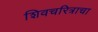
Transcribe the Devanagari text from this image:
शिवचरित्राचा